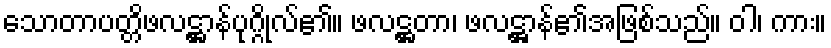
သောတာပတ္တိဖလဋ္ဌာန်ပုဂ္ဂိုလ်၏။ ဖလဋ္ဌတာ၊ ဖလဋ္ဌာန်၏အဖြစ်သည်။ ဝါ၊ ကား။